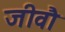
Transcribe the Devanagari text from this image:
जीवौ